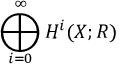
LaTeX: \bigoplus _ { i = 0 } ^ { \infty } H ^ { i } ( X ; R )